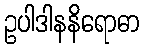
ဥပါဒါနနိရောဓာ